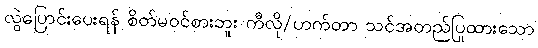
လွဲပြောင်းပေးရန် စိတ်မဝင်စားဘူး ကီလို/ဟက်တာ သင်အတည်ပြုထားသော